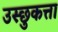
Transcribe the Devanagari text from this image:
उस्छुकत्ता